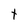
Character: t